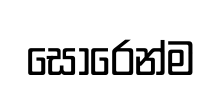
සොරෙන්ම